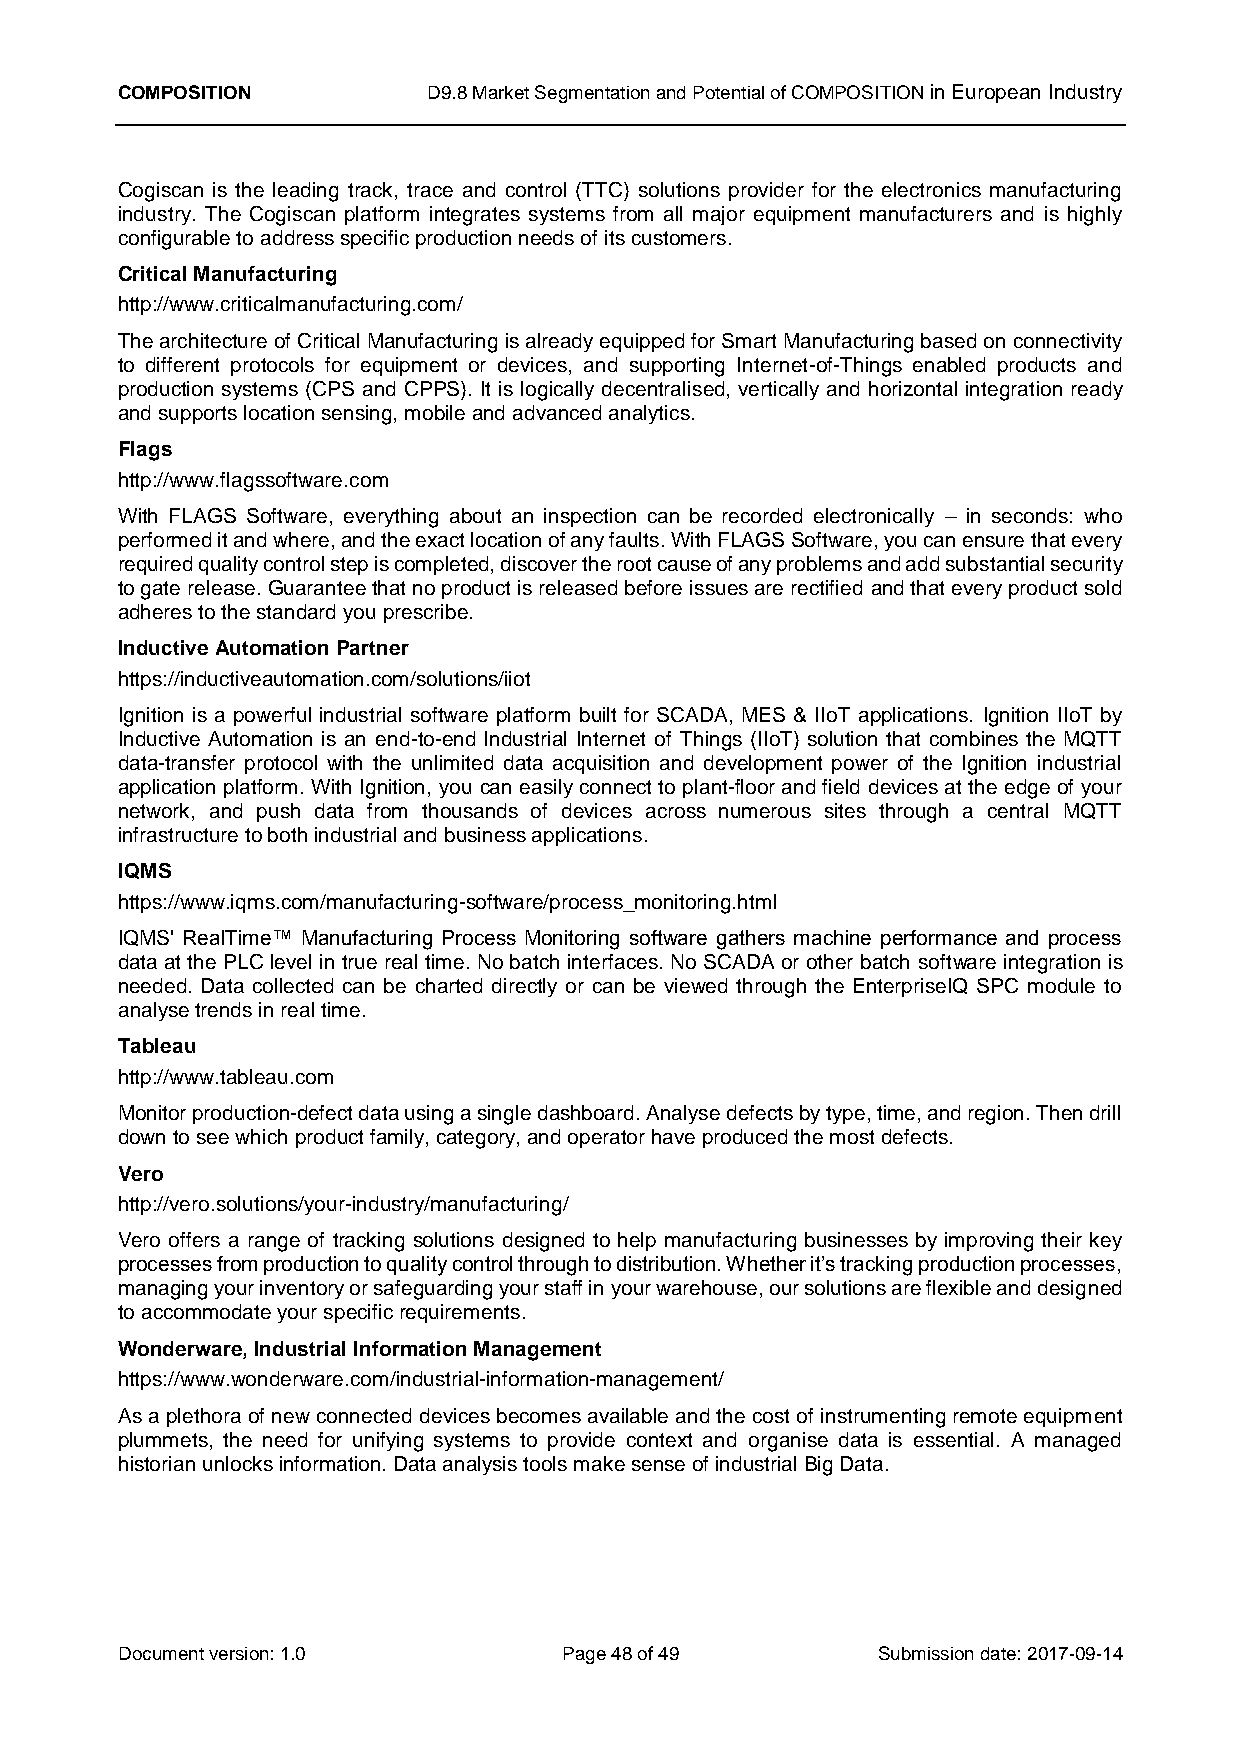
COMPOSITION         D9.8 Market Segmentation and Potential of COMPOSITION in European Industry
 Cogiscan is the leading track, trace and control (TTC) solutions provider for the electronics manufacturing
 industry. The Cogiscan platform integrates systems from all major equipment manufacturers and is highly
 configurable to address specific production needs of its customers.
 Critical Manufacturing
 http://www.criticalmanufacturing.com/
 The architecture of Critical Manufacturing is already equipped for Smart Manufacturing based on connectivity
 to different protocols for equipment or devices, and supporting Internet-of-Things enabled products and
 production systems (CPS and CPPS). It is logically decentralised, vertically and horizontal integration ready
 and supports location sensing, mobile and advanced analytics.
 Flags
 http://www.flagssoftware.com
 With FLAGS Software, everything about an inspection can be recorded electronically – in seconds: who
 performed it and where, and the exact location of any faults. With FLAGS Software, you can ensure that every
 required quality control step is completed, discover the root cause of any problems and add substantial security
 to gate release. Guarantee that no product is released before issues are rectified and that every product sold
 adheres to the standard you prescribe.
 Inductive Automation Partner
 https://inductiveautomation.com/solutions/iiot
 Ignition is a powerful industrial software platform built for SCADA, MES & IIoT applications. Ignition IIoT by
 Inductive Automation is an end-to-end Industrial Internet of Things (IIoT) solution that combines the MQTT
 data-transfer protocol with the unlimited data acquisition and development power of the Ignition industrial
 application platform. With Ignition, you can easily connect to plant-floor and field devices at the edge of your
 network, and push data from thousands of devices across numerous sites through a central MQTT
 infrastructure to both industrial and business applications.
 IQMS
 https://www.iqms.com/manufacturing-software/process_monitoring.html
 IQMS' RealTime™ Manufacturing Process Monitoring software gathers machine performance and process
 data at the PLC level in true real time. No batch interfaces. No SCADA or other batch software integration is
 needed. Data collected can be charted directly or can be viewed through the EnterpriseIQ SPC module to
 analyse trends in real time.
 Tableau
 http://www.tableau.com
 Monitor production-defect data using a single dashboard. Analyse defects by type, time, and region. Then drill
 down to see which product family, category, and operator have produced the most defects.
 Vero
 http://vero.solutions/your-industry/manufacturing/
 Vero offers a range of tracking solutions designed to help manufacturing businesses by improving their key
 processes from production to quality control through to distribution. Whether it’s tracking production processes,
 managing your inventory or safeguarding your staff in your warehouse, our solutions are flexible and designed
 to accommodate your specific requirements.
 Wonderware, Industrial Information Management
 https://www.wonderware.com/industrial-information-management/
 As a plethora of new connected devices becomes available and the cost of instrumenting remote equipment
 plummets, the need for unifying systems to provide context and organise data is essential. A managed
 historian unlocks information. Data analysis tools make sense of industrial Big Data.
 Document version: 1.0        Page 48 of 49        Submission date: 2017-09-14